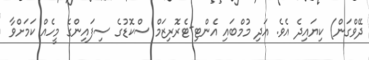
ދޭވްގަން) ކިޔައިދެ އެވެ. އަދި މުމްބައި އެންޓި-ޓެރޮރިޒަމް ސްކޮޑުގެ ސިފައިންގެ މީހެއް ކަމަށްވާ